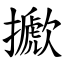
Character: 擨